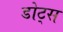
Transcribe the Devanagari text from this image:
डोट्स